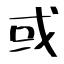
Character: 或